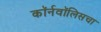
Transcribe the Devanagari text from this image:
कॉर्नवॉलिसचा